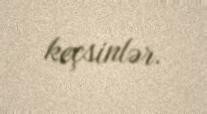
keçsinlər.